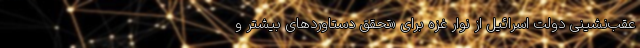
عقب‌نشینی دولت اسرائیل از نوار غزه برای «تحقق دستاوردهای بیشتر و